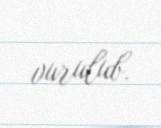
vurulub.